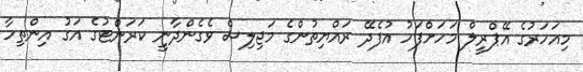
މިއަހަރުގެ އޭޕްރީލް މަހަށްފަހު އުފެދޭ ރައްޔިތުންގެ މަޖިލިސް ވެގެންދާނީ ކަރަންޓުގެ އަގު އިންތިހާ